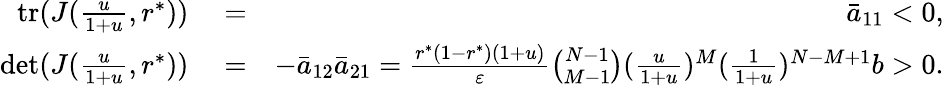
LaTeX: \begin{array}{rlr}{\mathrm{tr}(J(\frac{u}{1+u},r^{*}))}&{{}=}&{\bar{a}_{11}<0,}\\ {\mathrm{det}(J(\frac{u}{1+u},r^{*}))}&{{}=}&{-\bar{a}_{12}\bar{a}_{21}=\frac{r^{*}(1-r^{*})(1+u)}{\varepsilon}\binom{N-1}{M-1}(\frac{u}{1+u})^{M}(\frac{1}{1+u})^{N-M+1}b>0.}\end{array}